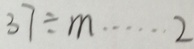
3 7 \div m \cdots 2